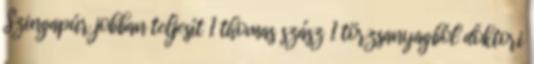
Szingapúr jobban teljesít 1 thomas szász 1 törzsanyagból doktori